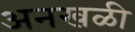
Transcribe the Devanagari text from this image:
अनखळी